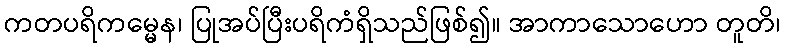
ကတပရိကမ္မေန၊ ပြုအပ်ပြီးပရိကံရှိသည်ဖြစ်၍။ အာကာသောဟော တူတိ၊